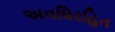
અવધિરહિત